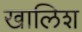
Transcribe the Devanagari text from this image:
खालिश